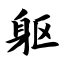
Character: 躯